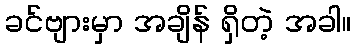
ခင်ဗျားမှာ အချိန် ရှိတဲ့ အခါ။